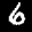
Label: 6